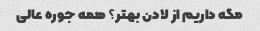
مگه داریم از لادن بهتر؟ همه جوره عالی